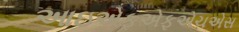
આઇએફએફએચએસ